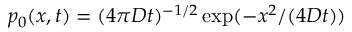
p _ { 0 } ( x , t ) = ( 4 \pi D t ) ^ { - 1 / 2 } \exp ( - x ^ { 2 } / ( 4 D t ) )